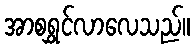
အာစရွှင်လာလေသည်။